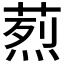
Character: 𦶣